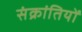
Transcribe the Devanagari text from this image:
संक्रांतियों